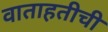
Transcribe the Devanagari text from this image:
वाताहतीची